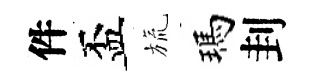
件盃旒瑪刲